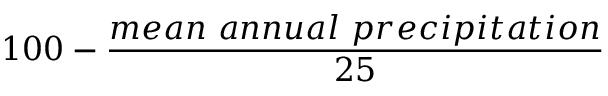
1 0 0 - { \frac { m e a n \ a n n u a l \ p r e c i p i t a t i o n } { 2 5 } }